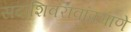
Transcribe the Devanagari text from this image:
सदाशिवरावांप्रमाणेे